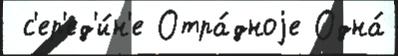
 с'ер'ед'и́н'е Отра́дноjе Одна́